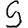
Digit: 5